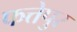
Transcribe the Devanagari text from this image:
फत्तेपुर